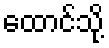
ထောင်သို့